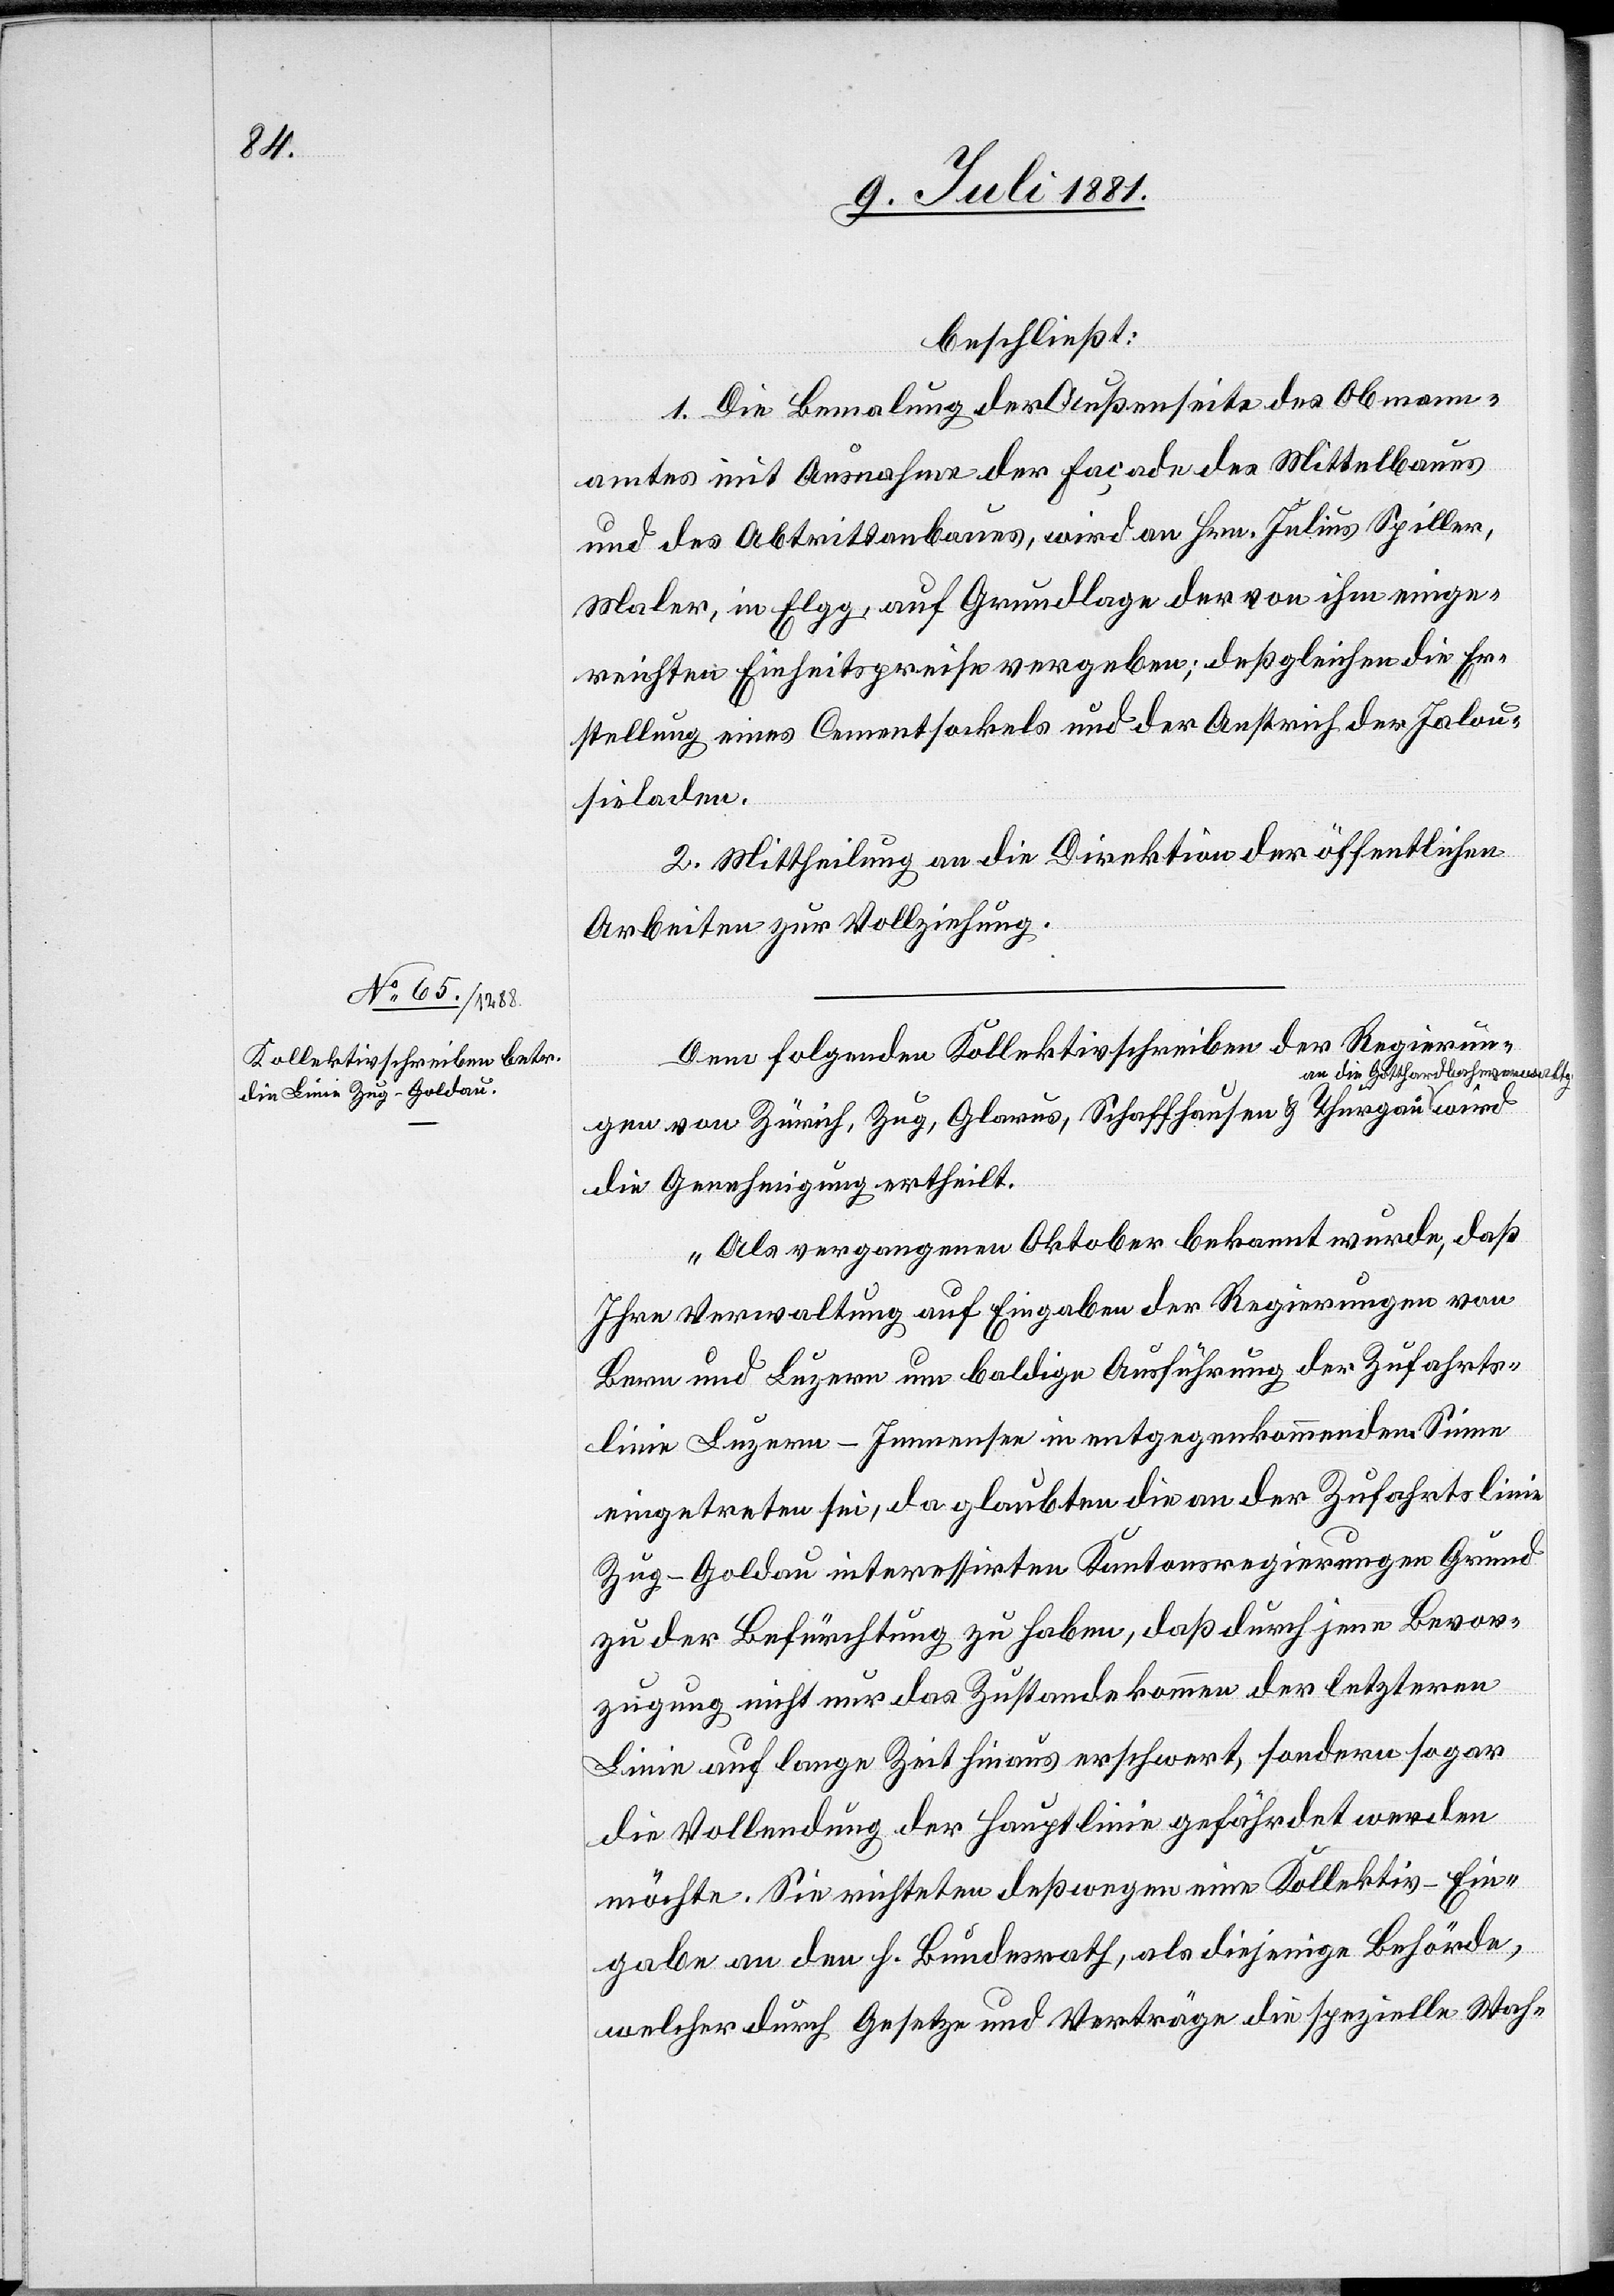
beschließt:
1. Die Bemalung der Außenseite des Obmann¬
amtes mit Ausnahme der Façade des Mittelbaues
und des Abtrittanbaues, wird an Hrn. Julius Spiller,
Maler, in Elgg, auf Grundlage der von ihm einge¬
reichten Einheitspreise vergeben, deßgleichen die Er¬
stellung eines Cementsockels und der Anstrich der Jalou¬
sieladen.
2. Mittheilung an die Direktion der öffentlichen
Arbeiten zur Vollziehung.
Dem folgenden Kollektivschreiben der Regierun¬
an die Gotthardbahnverwaltg.
gen von Zürich, Zug, Glarus, Schaffhausen & Thurgau
die Genehmigung ertheilt.
„Als vergangenen Oktober bekannt wurde, daß
Ihre Verwaltung auf Eingabe der Regierungen von
Bern und Luzern um baldige Ausführung der Zufahrts¬
linie Luzern–Immensee in entgegenkommendem Sinne
eingetreten sei, da glaubten die an der Zufahrtslinie
Zug–Goldau interessirten Kantonsregierungen Grund
zu der Befürchtung zu haben, daß durch jene Bevor¬
zugung nicht nur das Zustande kommen der letzteren
Linie auf lange Zeit hinaus erschwert, sondern sogar
die Vollendung der Hauptlinie gefährdet werden
möchte. Sie richteten deßwegen eine Kollektiv-Ein¬
gabe an den h. Bundesrath, als diejenige Behörde,
welcher durch Gesetze und Verträge die spezielle Wah-